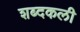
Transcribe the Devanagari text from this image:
शब्दकली